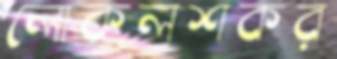
লোকলশকর